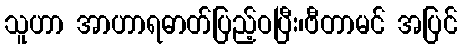
သူဟာ အာဟာရဓာတ်ပြည့်ဝပြီး၊ဗီတာမင် အပြင်